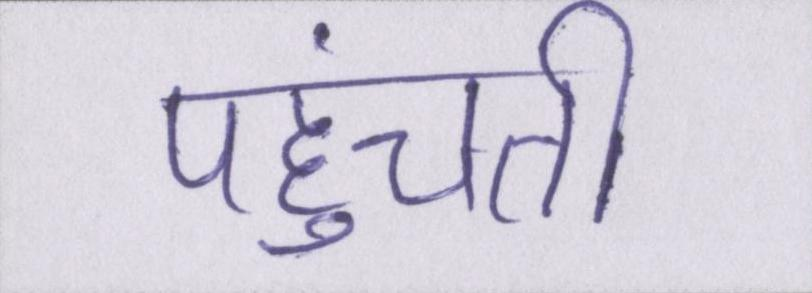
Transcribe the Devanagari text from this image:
पहुंचती